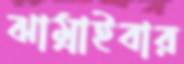
ঝাম্‌রাইবার